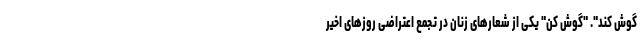
گوش کند". "گوش کن" یکی از شعارهای زنان در تجمع اعتراضی روزهای اخیر